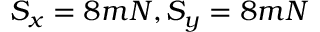
S _ { x } = 8 m N , S _ { y } = 8 m N